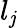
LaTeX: l_{\mathit{j}}